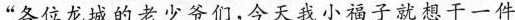
”各位龙城的老少爷们，今天我小福子就想干一件